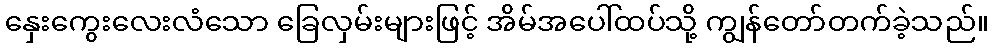
နှေးကွေးလေးလံသော ခြေလှမ်းများဖြင့် အိမ်အပေါ်ထပ်သို့ ကျွန်တော်တက်ခဲ့သည်။